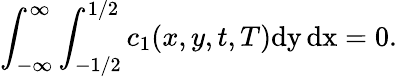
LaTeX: \int_{-\infty}^{\infty}\int_{-1/2}^{1/2}c_{1}(x,y,t,T)\mathrm{dy\, dx}=0.